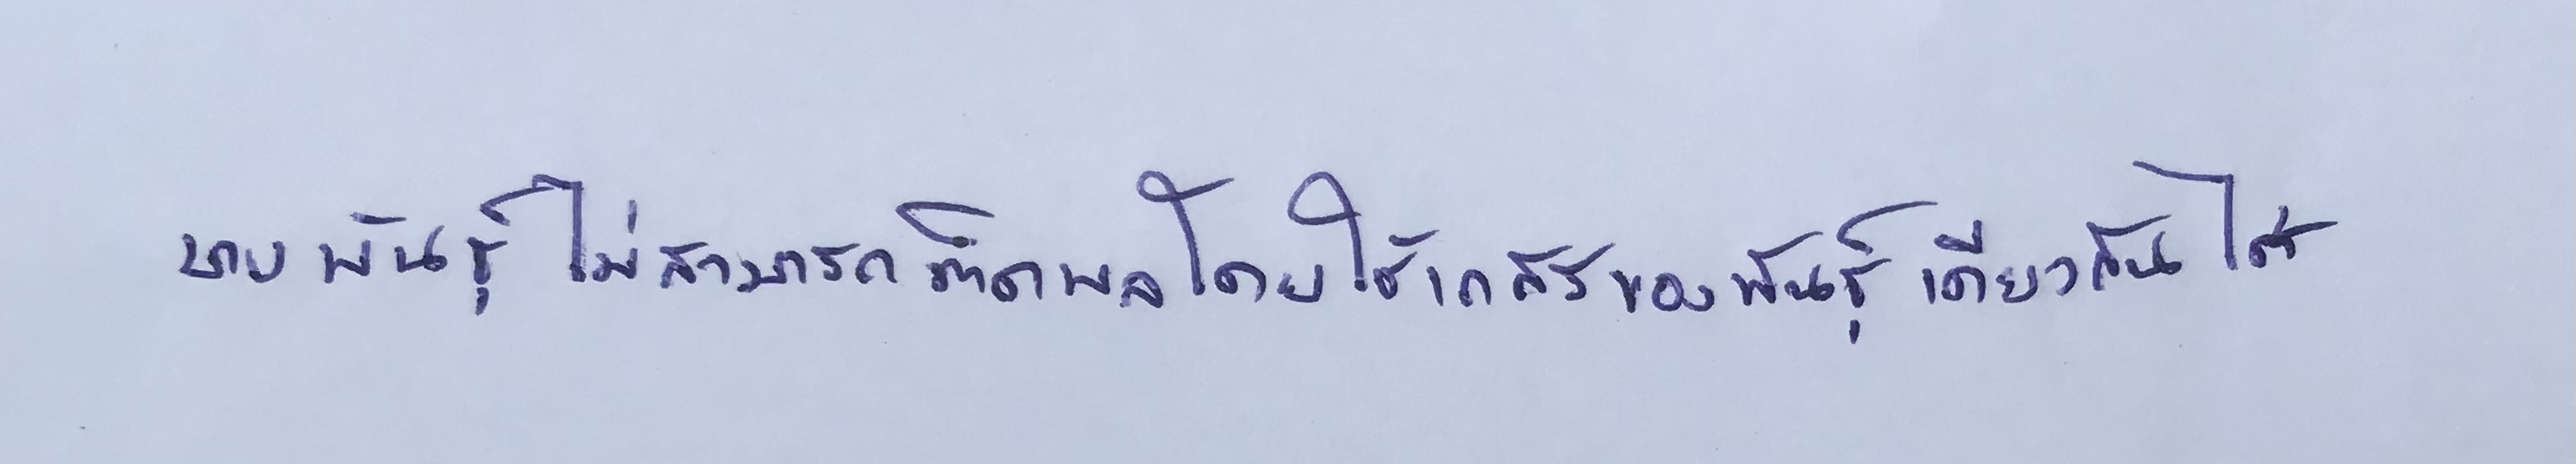
บางพันธุ์ไม่สามารถติดผลโดยใช้เกสรของพันธุ์เดียวกันได้